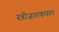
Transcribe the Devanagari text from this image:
स्त्रीजातकफ़ल